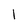
Character: l